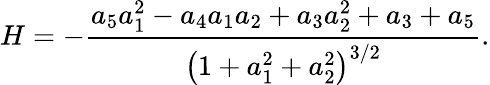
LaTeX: H=-\frac{a_{5}a_{1}^{2}-a_{4}a_{1}a_{2}+a_{3}a_{2}^{2}+a_{3}+a_{5}}{\left(1+a_{1}^{2}+a_{2}^{2}\right)^{3/2}}.